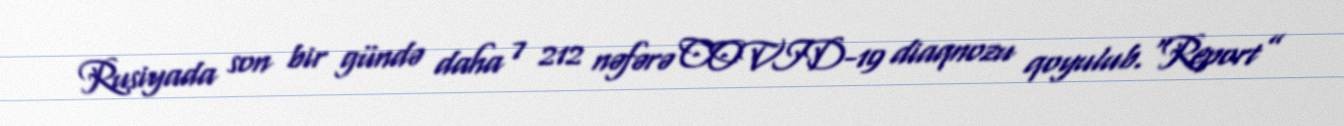
Rusiyada son bir gündə daha 7 212 nəfərə COVID-19 diaqnozu qoyulub.“Report”